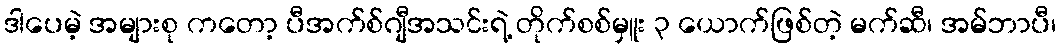
ဒါပေမဲ့ အများစု ကတော့ ပီအက်စ်ဂျီအသင်းရဲ့ တိုက်စစ်မှူး ၃ ယောက်ဖြစ်တဲ့ မက်ဆီ၊ အမ်ဘာပီ၊